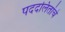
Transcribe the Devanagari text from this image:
पददलितांचे